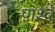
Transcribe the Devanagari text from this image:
पार्श्वं